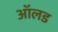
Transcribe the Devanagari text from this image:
आॅलड